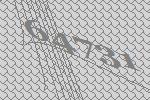
64731